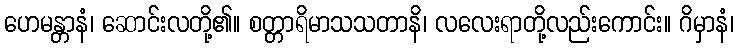
ဟေမန္တာနံ၊ ဆောင်းလတို့၏။ စတ္တာရိမာသသတာနိ၊ လလေးရာတို့လည်းကောင်း။ ဂိမှာနံ၊